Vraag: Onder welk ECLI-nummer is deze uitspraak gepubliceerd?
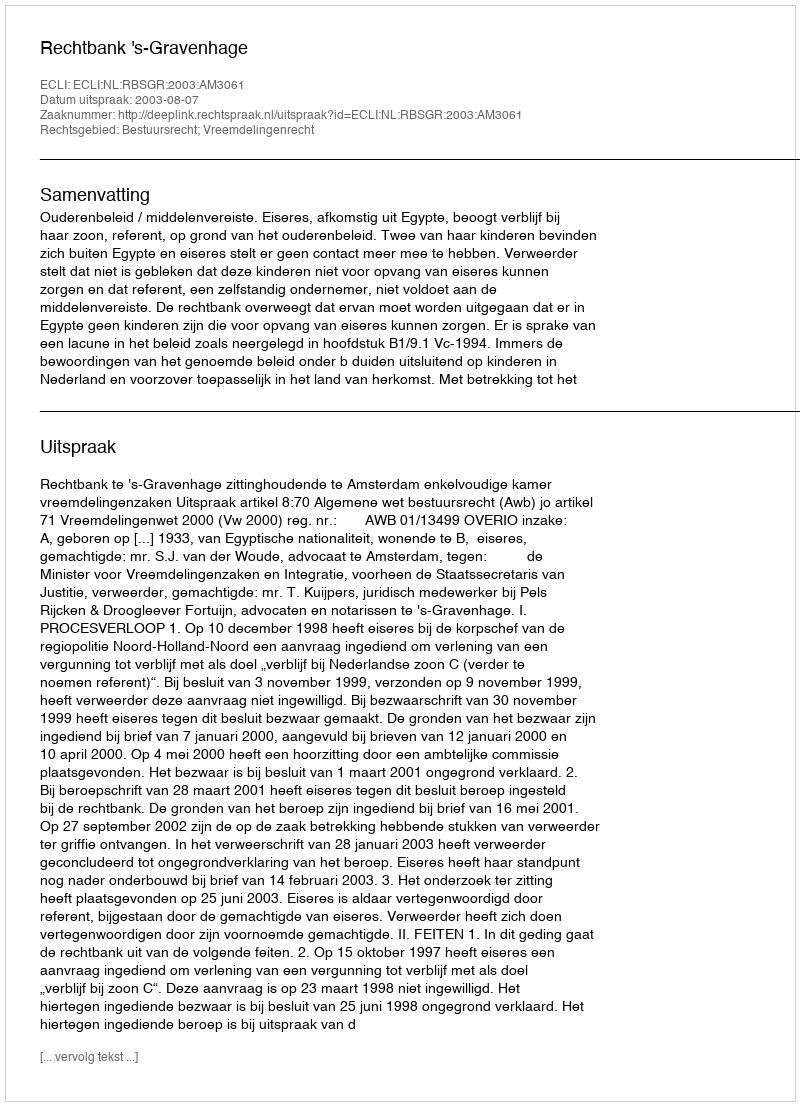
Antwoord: ECLI:NL:RBSGR:2003:AM3061